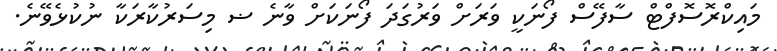
މައިކްރޮސޮފްޓް ސާފޭސް ފޯނަކީ ވަރަށް ވަރުގަދަ ފޯނަކަށް ވާނެ ޟ މިސަރުކާރަކާ ނުކުޅެވޭނެ.